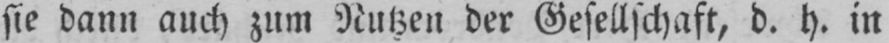
sie dann auch zum Nutzen der Gesellschaft, d. h. in